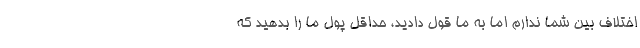
اختلاف بین شما ندارم اما به ما قول دادید، حداقل پول ما را بدهید که